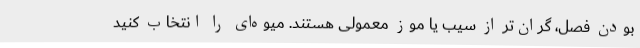
بودن فصل، گران‌تر از سیب یا موز معمولی هستند. میوه‌ای را انتخاب کنید